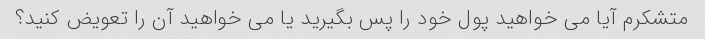
متشکرم آیا می خواهید پول خود را پس بگیرید یا می خواهید آن را تعویض کنید؟